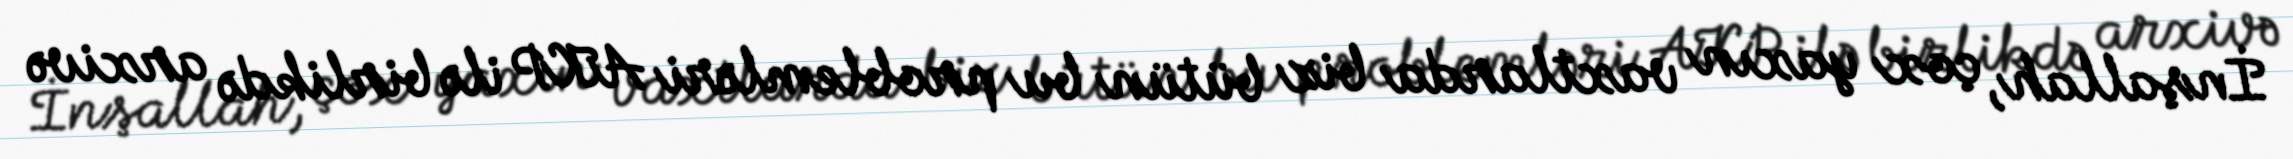
İnşallah, çox yaxın vaxtlarda biz bütün bu problemləri AKP ilə birlikdə arxivə